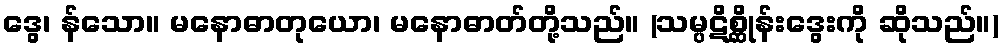
ဒွေ၊ န်သော။ မနောဓာတုယော၊ မနောဓာတ်တို့သည်။ (သမ္ပဋိစ္ဆိုန်းဒွေးကို ဆိုသည်။)